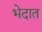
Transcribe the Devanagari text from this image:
भेदात